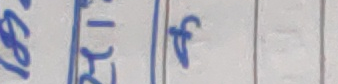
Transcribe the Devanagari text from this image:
१८ २ f